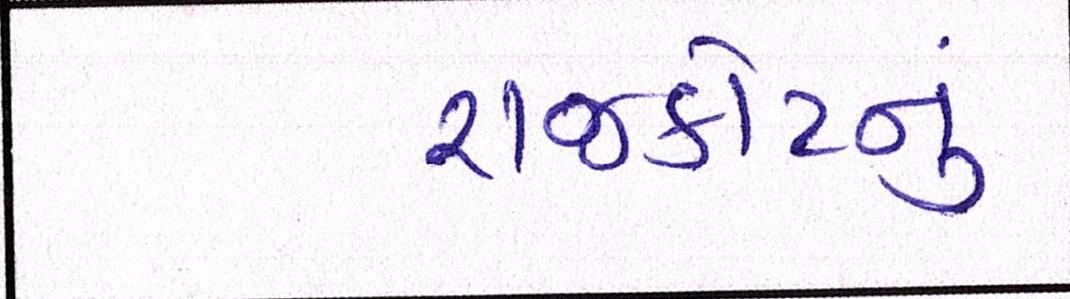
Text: રાજકોટનું